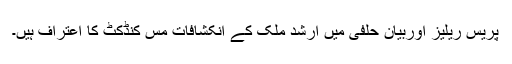
پریس ریلیز اوربیان حلفی میں ارشد ملک کے انکشافات مس کنڈکٹ کا اعتراف ہیں۔